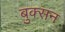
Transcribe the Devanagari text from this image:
बुक्सन